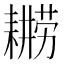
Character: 𮋫